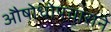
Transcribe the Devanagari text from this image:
औषोधोपचाराने